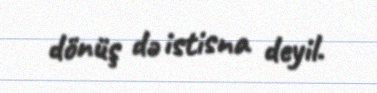
dönüş də istisna deyil.